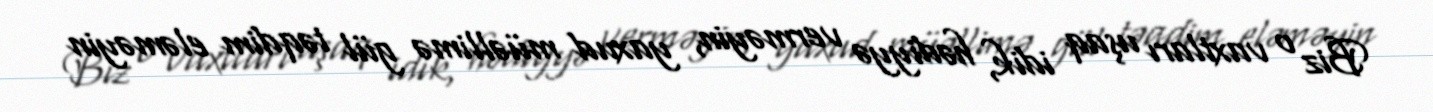
Biz o vaxtları uşaq idik, hədiyyə verməyin, yaxud müəllimə gül təqdim eləməyin